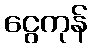
ငွေကုန်